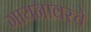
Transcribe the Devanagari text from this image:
गायनावरचे